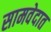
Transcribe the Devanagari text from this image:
सामवेदात